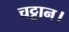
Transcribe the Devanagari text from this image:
चट्टान।